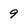
Character: 9